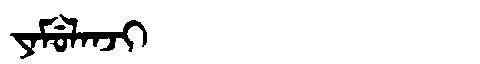
Manchu: ᠶᠠᠮᡠᠯᠠᠨᠵᡳ
Romanization: YAMULANJI